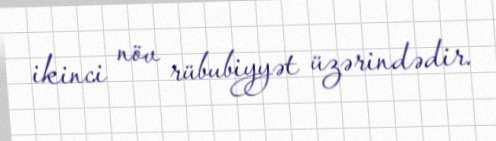
ikinci növ rübubiyyət üzərindədir.